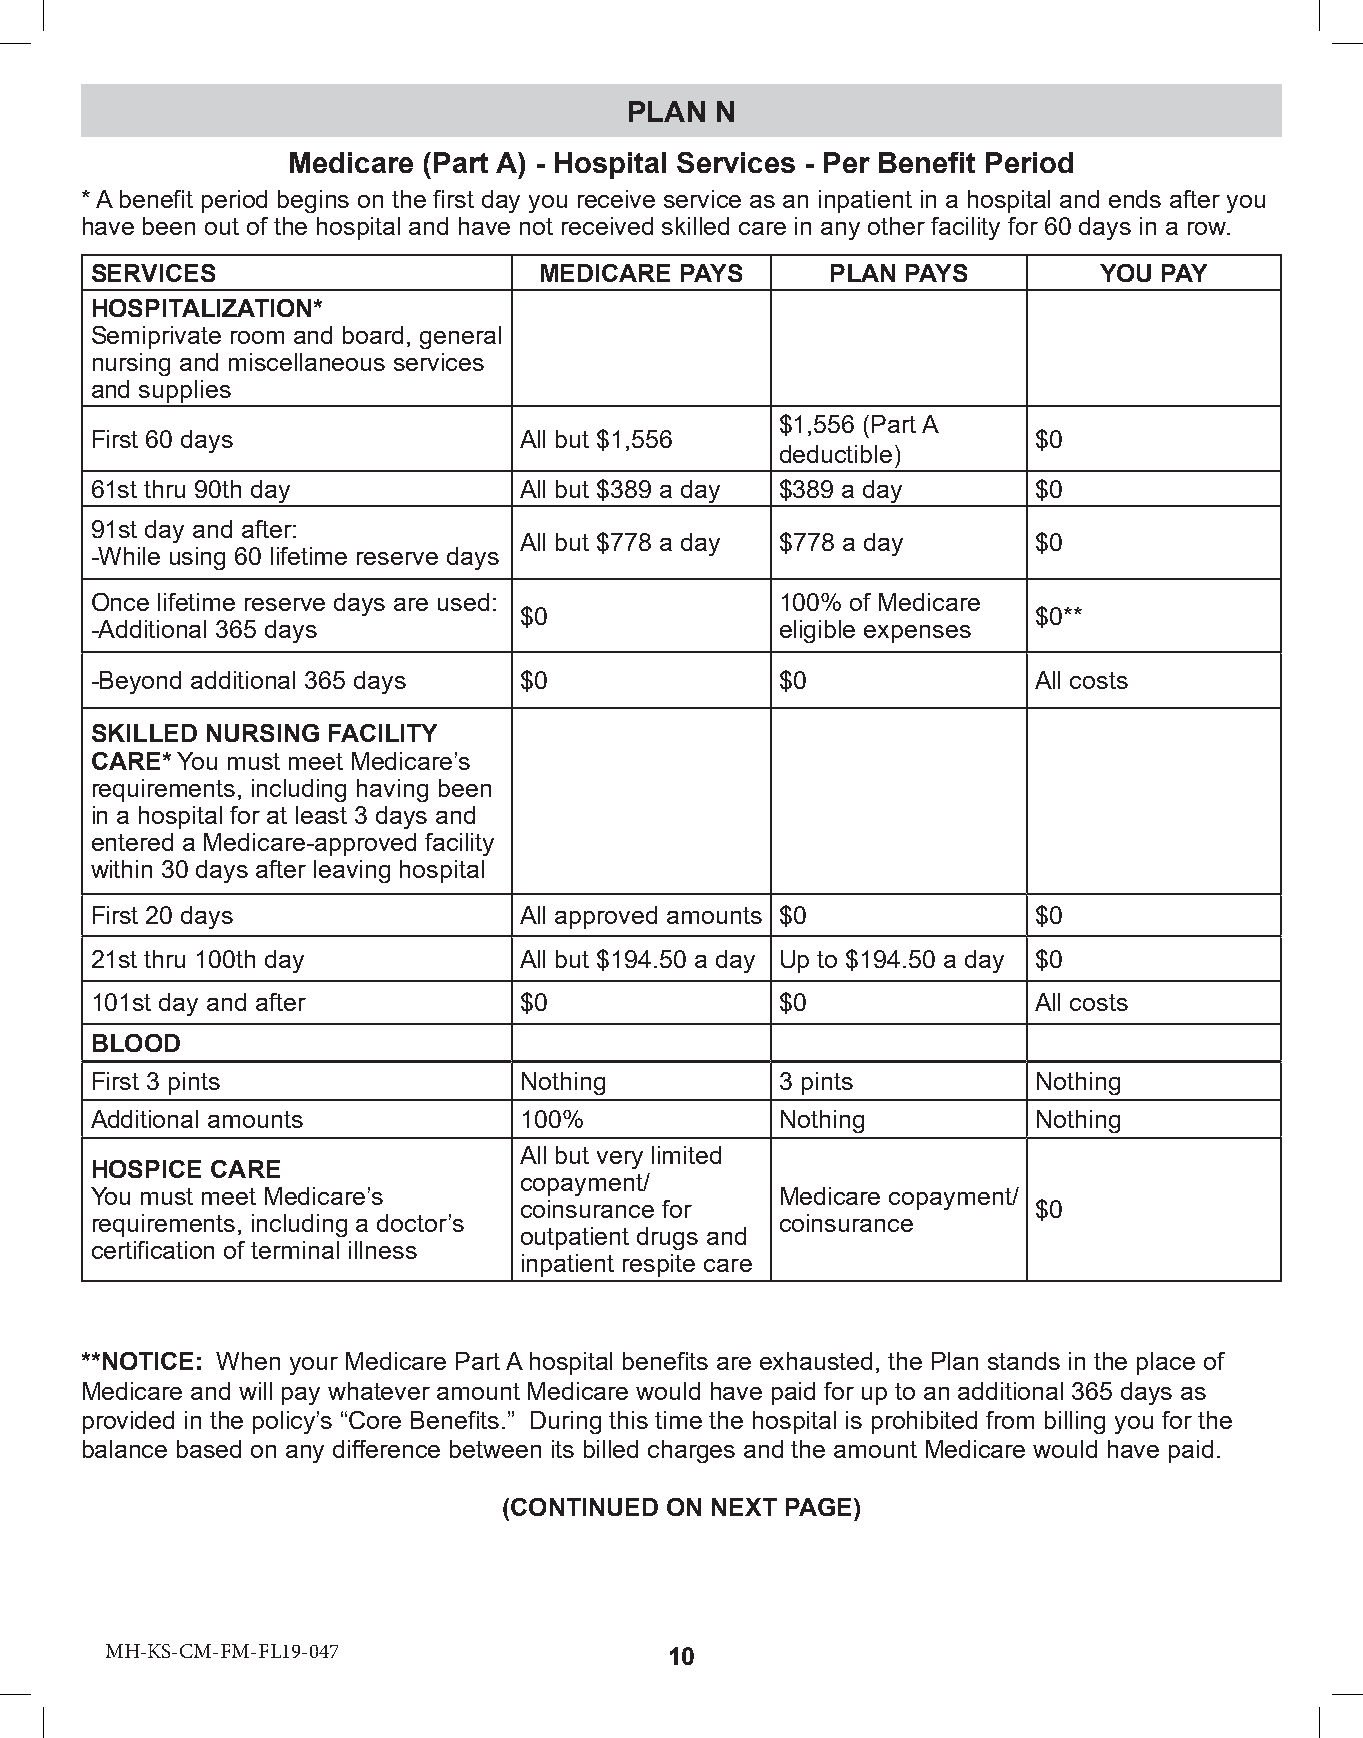
PLAN N
 Medicare (Part A) - Hospital Services - Per Benefit Period
 * A benefit period begins on the first day you receive service as an inpatient in a hospital and ends after you
 have been out of the hospital and have not received skilled care in any other facility for 60 days in a row.
 SERVICES                      MEDICARE PAYS      PLAN PAYS         YOU PAY
 HOSPITALIZATION*
 Semiprivate room and board, general
 nursing and miscellaneous services
 and supplies
 $1,556 (Part A
 First 60 days               All but $1,556                     $0
 deductible)
 61st thru 90th day          All but $389 a day $389 a day      $0
 91st day and after:
 All but $778 a day $778 a day      $0
 -While using 60 lifetime reserve days
 Once lifetime reserve days are used:          100% of Medicare
 $0                                 $0**
 -Additional 365 days                          eligible expenses
 -Beyond additional 365 days $0                $0               All costs
 SKILLED NURSING FACILITY
 CARE* You must meet Medicare’s
 requirements, including having been
 in a hospital for at least 3 days and
 entered a Medicare-approved facility
 within 30 days after leaving hospital
 First 20 days               All approved amounts $0            $0
 21st thru 100th day         All but $194.50 a day Up to $194.50 a day $0
 101st day and after         $0                $0               All costs
 BLOOD
 First 3 pints               Nothing           3 pints          Nothing
 Additional amounts          100%              Nothing          Nothing
 All but very limited
 HOSPICE CARE
 copayment/
 You must meet Medicare’s                      Medicare copayment/
 coinsurance for                    $0
 requirements, including a doctor’s            coinsurance
 outpatient drugs and
 certification of terminal illness
 inpatient respite care
 **NOTICE: When your Medicare Part A hospital benefits are exhausted, the Plan stands in the place of
 Medicare and will pay whatever amount Medicare would have paid for up to an additional 365 days as
 provided in the policy’s “Core Benefits.” During this time the hospital is prohibited from billing you for the
 balance based on any difference between its billed charges and the amount Medicare would have paid.
 (CONTINUED ON NEXT PAGE)
 MMMHHH---KKINSSG--CC-CMMM--FF-MMFL--1FF6LL-111996--00344 77 10